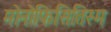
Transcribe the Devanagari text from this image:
मोनोफिसितिस्म